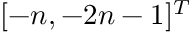
[ - n , - 2 n - 1 ] ^ { T }